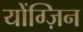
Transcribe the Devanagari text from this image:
योंग्ज़िन